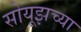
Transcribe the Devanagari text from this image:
सोयूझच्या